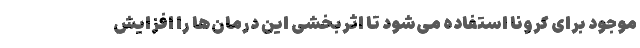
موجود برای کرونا استفاده می‌شود تا اثربخشی این درمان‌ها را افزایش